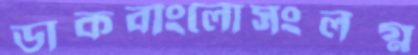
ডাকবাংলোসংলগ্ন